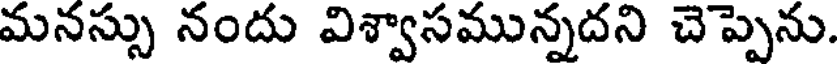
మనస్సు నందు విశ్వాసమున్నదని చెప్పెను.